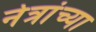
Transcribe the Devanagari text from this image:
नेत्रांच्या